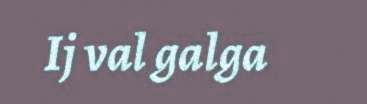
Ij val galga